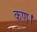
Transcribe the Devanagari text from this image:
कण।